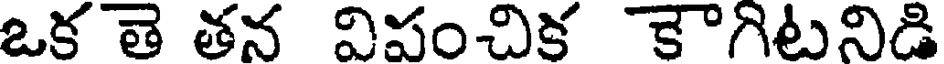
ఒక తె తన విపంచిక కగిటనిడి